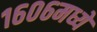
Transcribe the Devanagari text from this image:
१६०६मध्ये